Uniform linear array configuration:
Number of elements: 16
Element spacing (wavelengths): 0.25
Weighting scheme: cosine
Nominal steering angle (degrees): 0
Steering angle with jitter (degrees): -1.724
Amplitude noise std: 0.05
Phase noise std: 0.05

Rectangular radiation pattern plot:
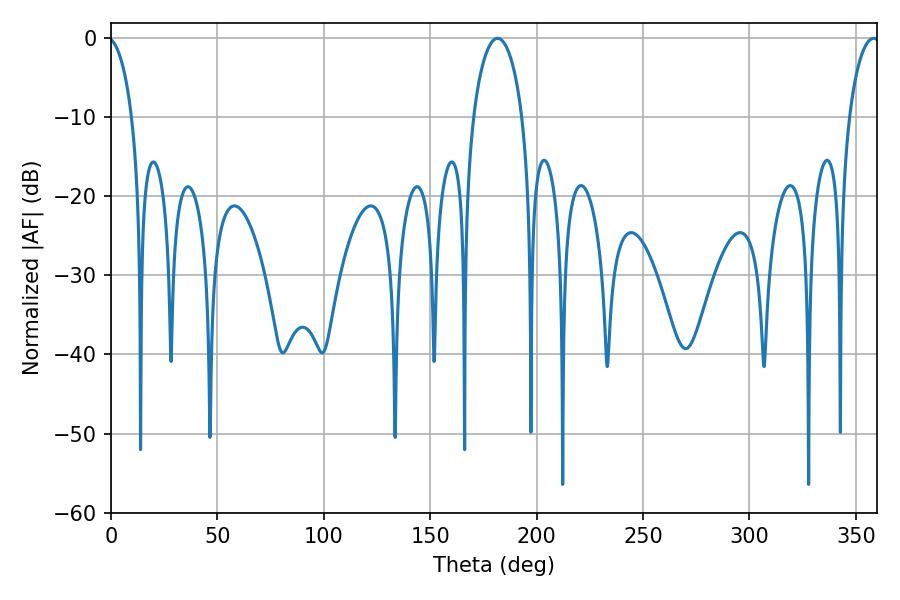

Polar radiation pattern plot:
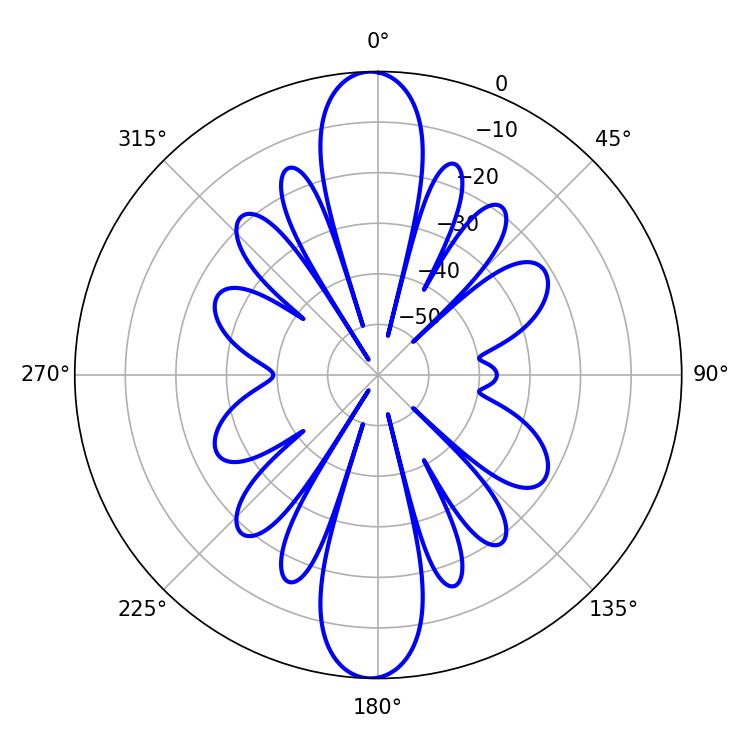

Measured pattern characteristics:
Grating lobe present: FALSE
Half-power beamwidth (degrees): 13.14
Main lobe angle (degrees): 181.62